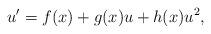
LaTeX: \begin{align*} u^{\prime} = f(x) + g(x)u + h(x)u^2,\end{align*}